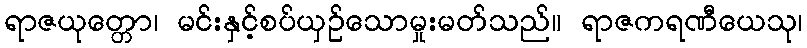
ရာဇယုတ္တော၊ မင်းနှင့်စပ်ယှဉ်သောမှုးမတ်သည်။ ရာဇကရဏီယေသု၊